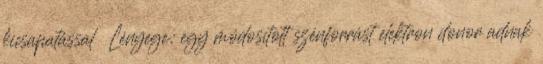
kicsapatással  Lényege: egy módosított szénforrást elektron donor adnak